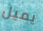
يميل